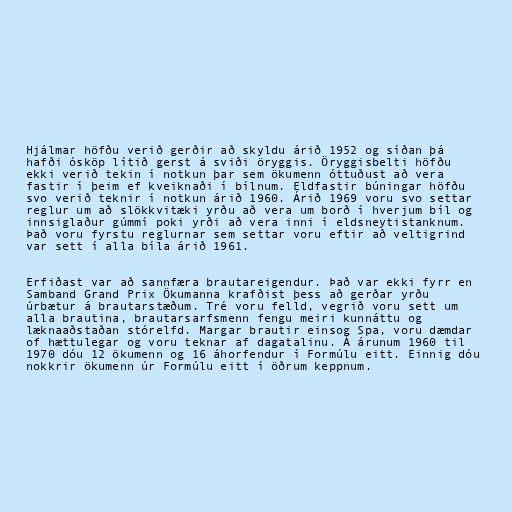
Hjálmar höfðu verið gerðir að skyldu árið 1952 og síðan þá
hafði ósköp lítið gerst á sviði öryggis. Öryggisbelti höfðu
ekki verið tekin í notkun þar sem ökumenn óttuðust að vera
fastir í þeim ef kveiknaði í bílnum. Eldfastir búningar höfðu
svo verið teknir í notkun árið 1960. Árið 1969 voru svo settar
reglur um að slökkvitæki yrðu að vera um borð í hverjum bíl og
innsiglaður gúmmí poki yrði að vera inni í eldsneytistanknum.
Það voru fyrstu reglurnar sem settar voru eftir að veltigrind
var sett í alla bíla árið 1961.

Erfiðast var að sannfæra brautareigendur. Það var ekki fyrr en
Samband Grand Prix Ökumanna krafðist þess að gerðar yrðu
úrbætur á brautarstæðum. Tré voru felld, vegrið voru sett um
alla brautina, brautarsarfsmenn fengu meiri kunnáttu og
læknaaðstaðan stórelfd. Margar brautir einsog Spa, voru dæmdar
of hættulegar og voru teknar af dagatalinu. Á árunum 1960 til
1970 dóu 12 ökumenn og 16 áhorfendur í Formúlu eitt. Einnig dóu
nokkrir ökumenn úr Formúlu eitt í öðrum keppnum.